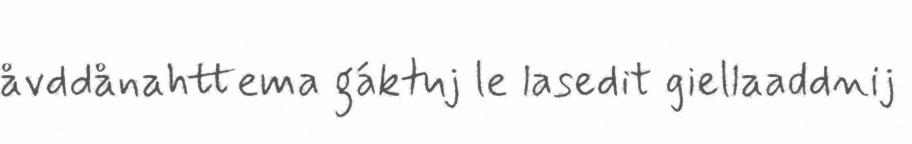
åvddånahttema gáktuj le lasedit giellaaddnij